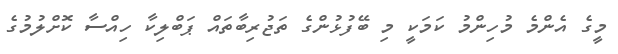
މީގެ އެންމެ މުހިންމު ކަމަކީ މި ބޭފުޅުންގެ ތަޖުރިބާތައް ޕަބްލިކާ ހިއްސާ ކޮށްލުމުގެ